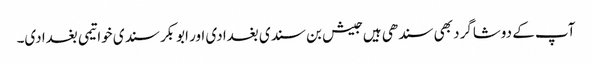
آپ کے دوشاگرد بھی سندھی ہیں جیش بن سندی بغدادی اور ابوبکر سندی خواتیمی بغدادی۔